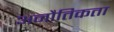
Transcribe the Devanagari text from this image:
अनौतिकता